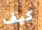
كيف